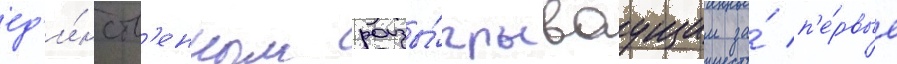
ед'и́нств'енным разы́грываущим за́ п'е́рвые